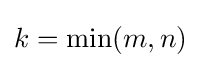
k=\min(m,n)